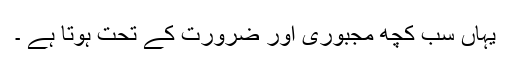
یہاں سب کچھ مجبوری اور ضرورت کے تحت ہوتا ہے ۔